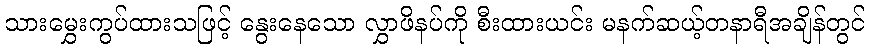
သားမွှေးကွပ်ထားသဖြင့် နွေးနေသော လွှာဖိနပ်ကို စီးထားယင်း မနက်ဆယ့်တနာရီအချိန်တွင်